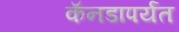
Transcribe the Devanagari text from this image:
कॅनडापर्यंत